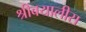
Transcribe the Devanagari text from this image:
श्रीबयालीस